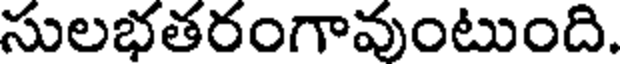
సులభతరంగావుంటుంది.